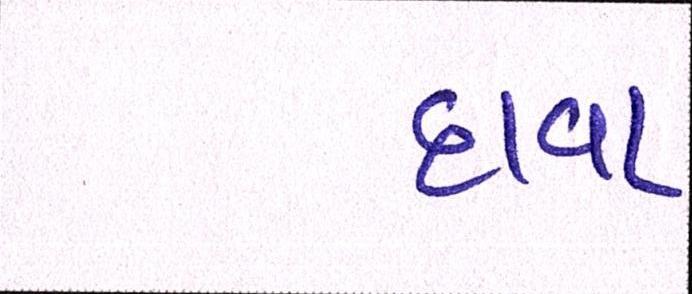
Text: દાવા